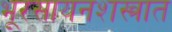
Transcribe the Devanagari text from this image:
भूरसायनशस्त्रात